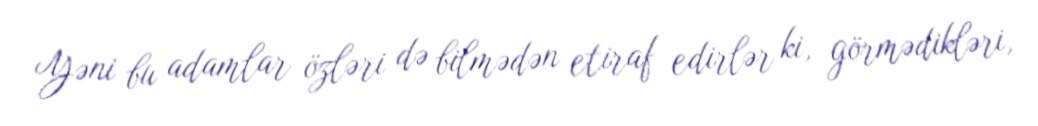
Yəni bu adamlar özləri də bilmədən etiraf edirlər ki, görmədikləri,